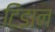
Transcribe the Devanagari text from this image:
टिंडान